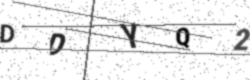
Text: DDYQ2